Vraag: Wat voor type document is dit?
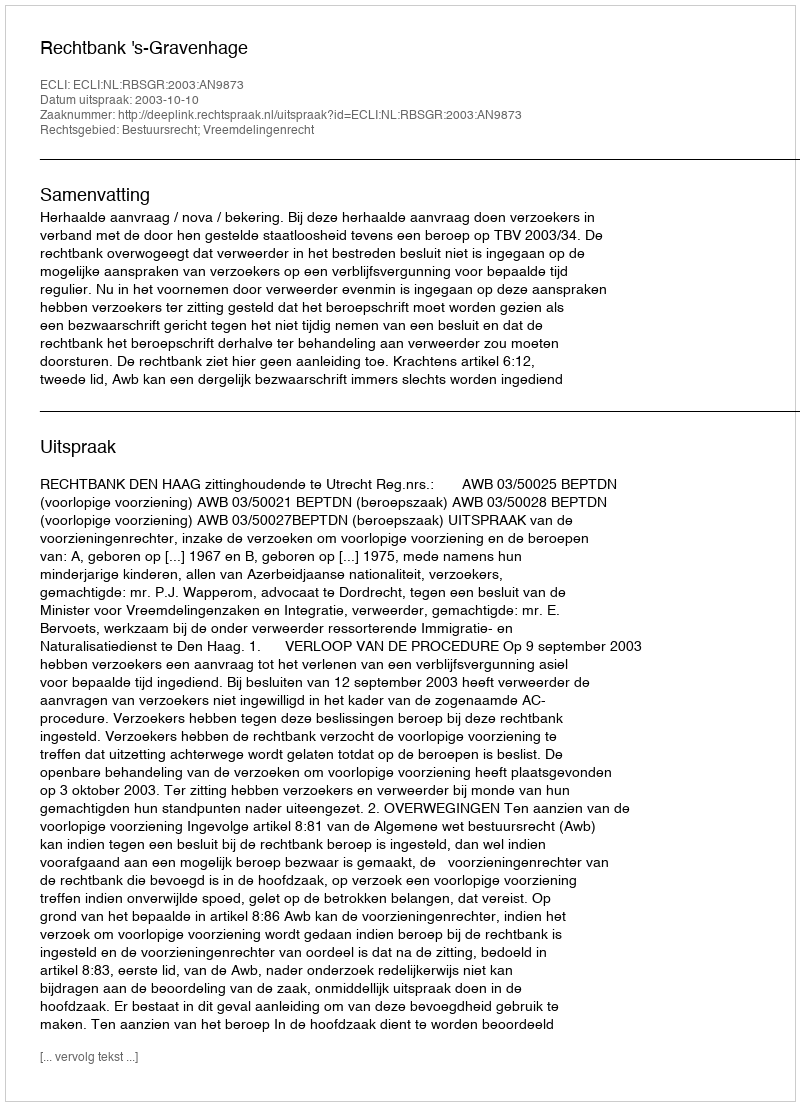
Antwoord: Uitspraak